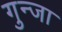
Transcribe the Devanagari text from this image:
गुन्जा